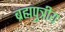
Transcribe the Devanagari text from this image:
ब्रह्मपुत्रीय